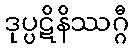
ဒုပ္ပဋိနိဿဂ္ဂီ